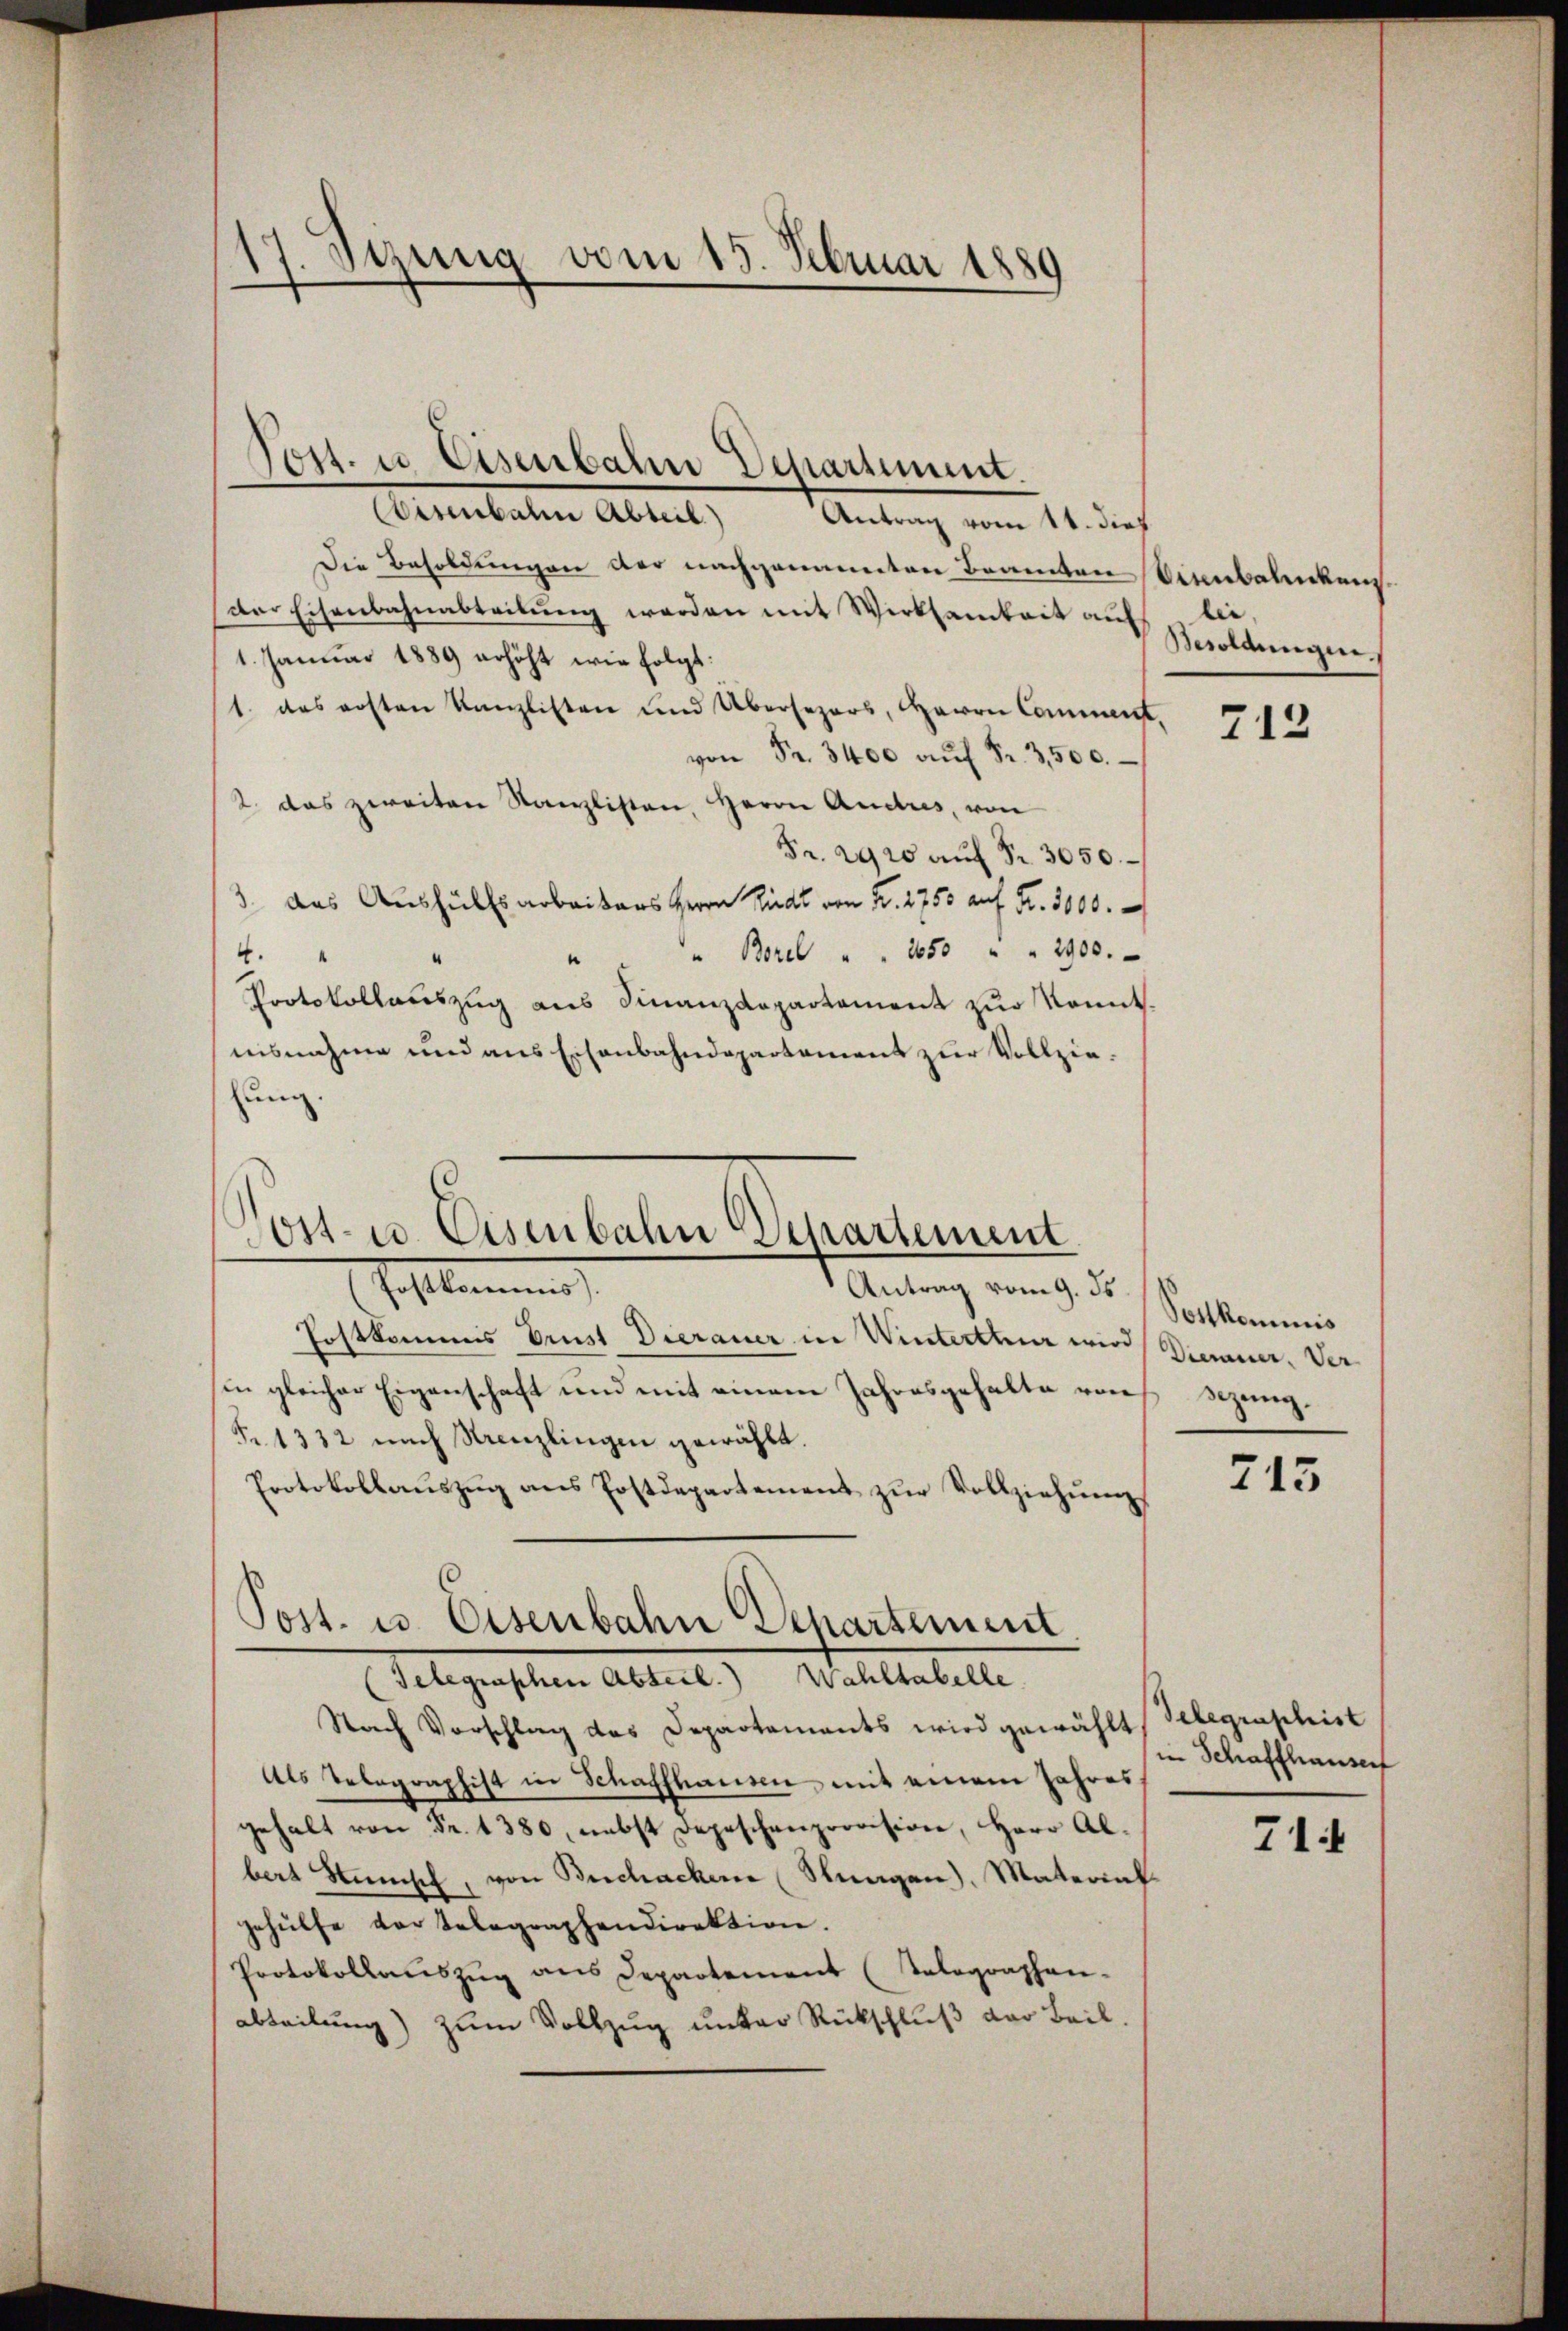
1. Syung vom 15. Februar 1889

Tott. u. Eisenbahn Departiment.

Disenbalm Abteil) Antrag vom 11. dies
Die Besoldungen der nachgemauerten Brannten
der Eisenbahnabteilŭng werden mit Wirksamkeit auf
1. Januar 1889 erhöht wie folgt:
1. das ersten Kanzlisten und Übersezers, Herrn Comment
von Fr. 3400 aŭf Fr. 3500.
2. das zweiten Kanzlisten, Herrn Andres, von
Fr. 2920 aŭf Fr. 3050.
3. das Aushülfsarbeiters Herrn Rüdt von Fr. 2750 auf Fr. 3000.
" Borel " " 1050 " " 2900.
4.
“
Protokollauszug aus Finanzdepartement zur konnt.
nisnahme und aus Eisenbahndepartement zur Vollziehung.
J stimmung
Antrag vom 9. ds.
Postkommis Brust Dierauer in Winterthur wird Vierner. Ver
in gleicher Eigenschaft und mit einem Jahresgehalte von Sezung.
Fr. 1332 nach Krenzlingen gewählt.
Protokollaŭszŭg ans Postdepartement zŭr Vollziehŭng
Post. u. Eisenbahn Departement
Telegraschen Abteil. Wahltabelle.
Nach Vorschlag des Departements wird gewählt,
Als Telegraphist in Schaffhausen mit einem Jahres
gehalt von Fr. 1380, nebst Depeschenprovision, Herr Al.
bert Stanisch, von Beschachen Stungen), Materinf
gehülfe der telegraphendirektion.
Protokollauszug aus Departement (Telegraphen-
abteilung) zum Vollzug unter Rückschluß der Beil.

ost- u. Eisenbahn Departement.

Aienblickens.
lie,
Woldungen,

¬

713

Postkommnis

715

Telegraphist
in Schaffhauserf

71